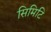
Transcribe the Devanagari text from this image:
सिमिटि